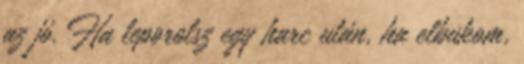
az jó. Ha leporolsz egy harc után, ha elbukom,